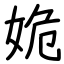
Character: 姽